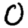
Digit: 0